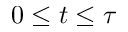
0 \leq t \leq \tau